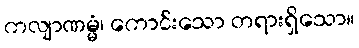
ကလျာဏမ္မံ၊ ကောင်းသော တရားရှိသော။